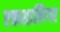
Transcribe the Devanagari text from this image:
एकशालिगर